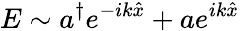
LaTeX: E\sim a^{\dagger}e^{-ik\hat{x}}+ae^{ik\hat{x}}